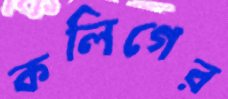
কলিগের